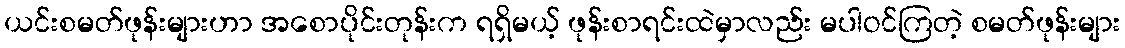
ယင်းစမတ်ဖုန်းများဟာ အစောပိုင်းတုန်းက ရရှိမယ့် ဖုန်းစာရင်းထဲမှာလည်း မပါဝင်ကြတဲ့ စမတ်ဖုန်းများ